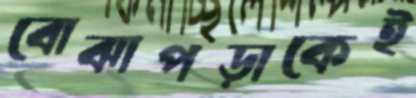
বোঝাপড়াকেই